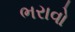
ભરાવો